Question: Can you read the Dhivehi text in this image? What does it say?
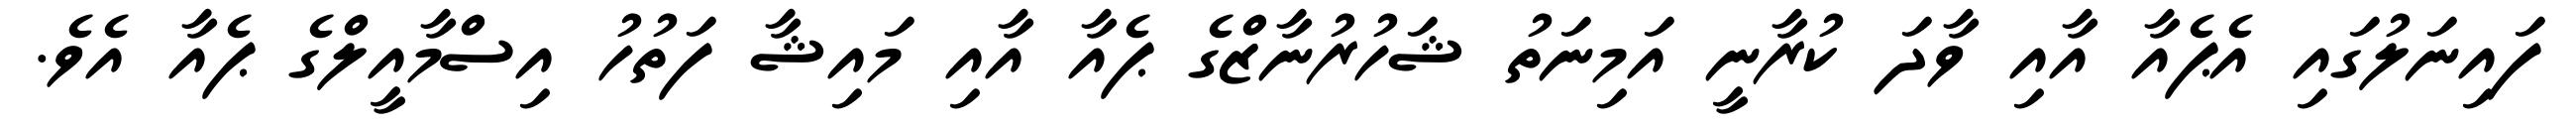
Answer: ފައިނަލުގައި އެޕެއާ އާއި ވާދަ ކުރާނީ އަމިނަތު ޝަހުރުނާޒްގެ ޕެއާ އާއި މައިޝާ ފަތުހު އިސްމާއީލްގެ ޕެއާ އެވެ.